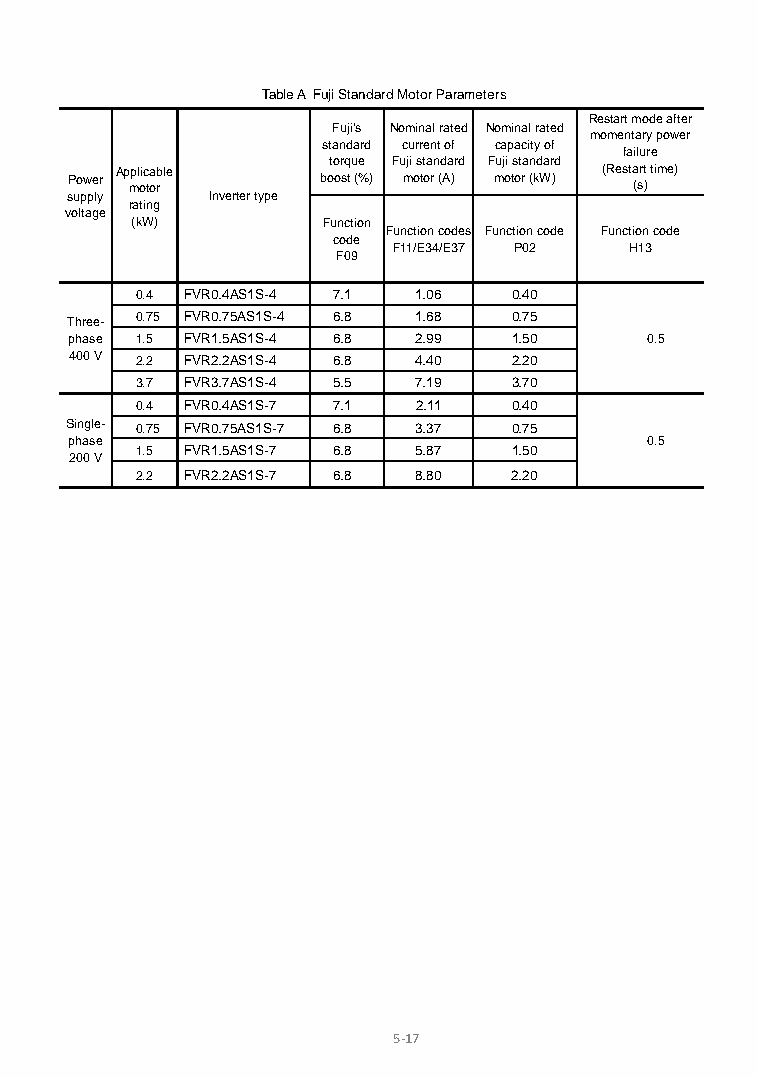
Table A Fuji Standard Motor Parameters
 Restart mode after
 Fuji's Nominal rated Nominal rated
 momentary power
 standard current of capacity of
 failure
 torque Fuji standard Fuji standard
 Applicable                      (Restart time)
 Power motor      boost (%) motor (A) motor (kW) (s)
 supply    Inverter type
 rating
 voltage
 (kW)        Function
 Function codes Function code Function code
 code
 F11/E34/E37 P02 H13
 F09
 0.4 FVR0.4AS1S-4 7.1 1.06 0.40
 Three- 0.75 FVR0.75AS1S-4 6.8 1.68 0.75
 phase 1.5 FVR1.5AS1S-4 6.8 2.99 1.50  0.5
 400 V 2.2 FVR2.2AS1S-4 6.8 4.40 2.20
 3.7 FVR3.7AS1S-4 5.5 7.19 3.70
 0.4 FVR0.4AS1S-7 7.1 2.11 0.40
 Single- 0.75 FVR0.75AS1S-7 6.8 3.37 0.75
 phase                                 0.5
 1.5 FVR1.5AS1S-7 6.8 5.87 1.50
 200 V
 2.2 FVR2.2AS1S-7 6.8 8.80 2.20
 5-17